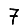
Digit: 7